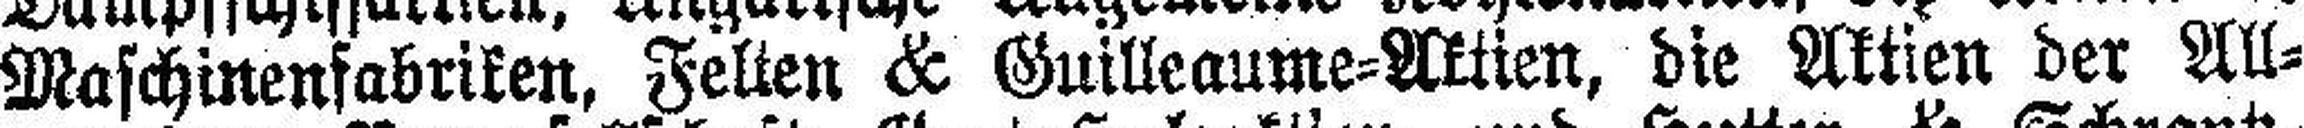
Maschinenfabriken, Felten & Guilleaume=Aktien, die Aktien der All¬